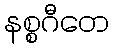
နစ္စဂီတေ